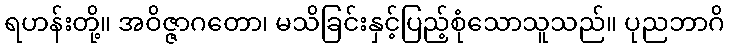
ရဟန်းတို့။ အဝိဇ္ဇာဂတော၊ မသိခြင်းနှင့်ပြည့်စုံသောသူသည်။ ပုညဘာဂိ